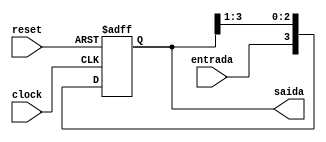
module shift_regis (saida, entrada, clock, reset);

input entrada, clock, reset;
output [3:0] saida;
reg [3:0] saida_reg;
assign saida = saida_reg;

always @ (negedge reset or posedge clock)
	begin
		if (~reset )
		saida_reg <= 4'b0; //4'b0000
	else
		saida_reg <= {entrada, saida_reg[3:1]};
	end
endmodule